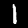
Digit: 1